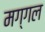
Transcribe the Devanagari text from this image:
मग्गल